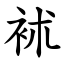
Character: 䘤